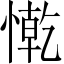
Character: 𢠥